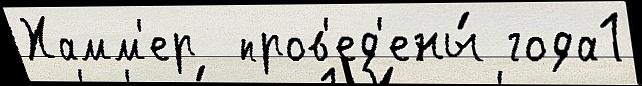
Хамм'ер  пров'ед'ены́ года1